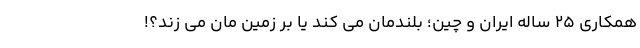
همکاری 25 ساله ایران و چین؛ بلندمان می کند یا بر زمین مان می زند؟!